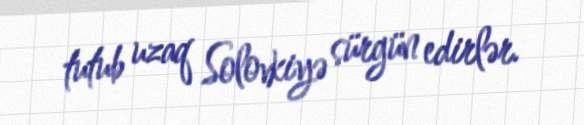
tutub uzaq Solovkiyə sürgün edirlər.